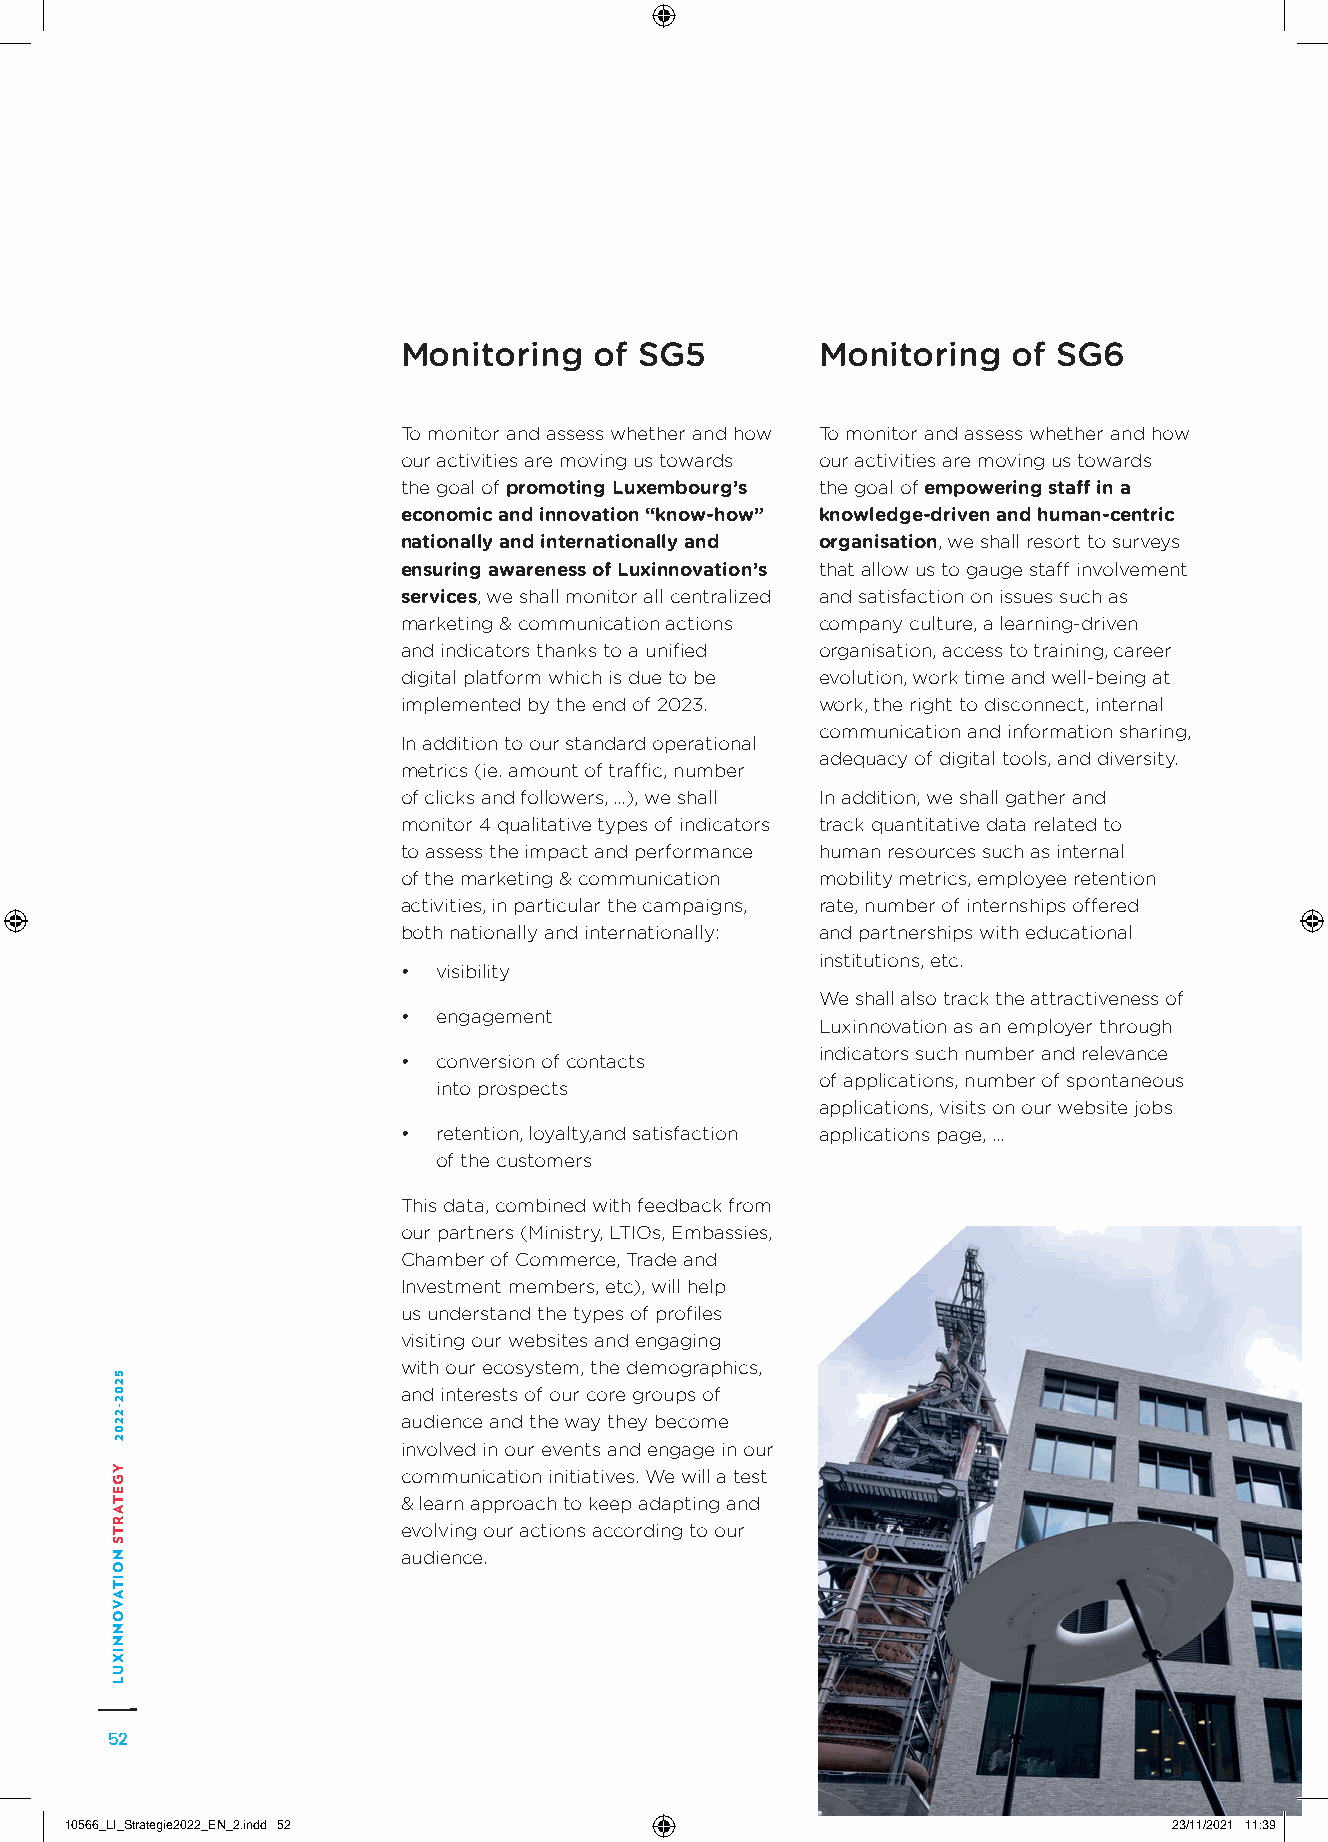
Monitoring  of SG5         Monitoring   of SG6
 To monitor and assess whether and how To monitor and assess whether and how
 our activities are moving us towards our activities are moving us towards
 the goal of promoting Luxembourg’s the goal of empowering staff in a
 economic and innovation “know-how” knowledge-driven and human-centric
 nationally and internationally and organisation, we shall resort to surveys
 ensuring awareness of Luxinnovation’s that allow us to gauge staff involvement
 services, we shall monitor all centralized and satisfaction on issues such as
 marketing & communication actions company culture, a learning-driven
 and indicators thanks to a unified organisation, access to training, career
 digital platform which is due to be evolution, work time and well-being at
 implemented by the end of 2023. work, the right to disconnect, internal
 communication and information sharing,
 In addition to our standard operational
 adequacy of digital tools, and diversity.
 metrics (ie. amount of traffic, number
 of clicks and followers, …), we shall In addition, we shall gather and
 monitor 4 qualitative types of indicators track quantitative data related to
 to assess the impact and performance human resources such as internal
 of the marketing & communication mobility metrics, employee retention
 activities, in particular the campaigns, rate, number of internships offered
 both nationally and internationally: and partnerships with educational
 institutions, etc.
 • visibility
 We shall also track the attractiveness of
 • engagement
 Luxinnovation as an employer through
 indicators such number and relevance
 • conversion of contacts
 of applications, number of spontaneous
 into prospects
 applications, visits on our website jobs
 • retention, loyalty,and satisfaction applications page, …
 of the customers
 This data, combined with feedback from
 our partners (Ministry, LTIOs, Embassies,
 Chamber of Commerce, Trade and
 Investment members, etc), will help
 us understand the types of profiles
 visiting our websites and engaging
 with our ecosystem, the demographics,
 and interests of our core groups of
 audience and the way they become
 involved in our events and engage in our
 communication initiatives. We will a test
 & learn approach to keep adapting and
 evolving our actions according to our
 audience.
 52
 1100556666__LLII__SSttrraatteeggiiee22002222__EENN__22..iinndddd 5522     2233//1111//22002211 1111::3399
 5202-2202
 YGETARTS
 NOITAVONNIXUL